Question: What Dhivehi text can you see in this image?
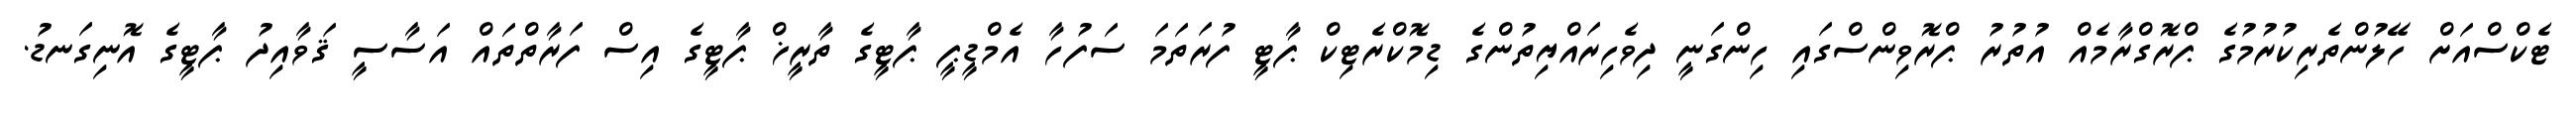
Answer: ޓެކްސްއަށް ހޭލުންތެރިކުރުމުގެ ޕްރޮގްރާމެއް އުތުރު ޕްރޮވިންސްގައި ހިންގަނީ ދިވެހިރައްޔިތުންގެ ޑިމޮކްރެޓިކް ޕާޓީ ފުރަތަމަ ސަފުހާ އެމްޑީޕީ ޕާޓީގެ ތާރީޚް ޕާޓީގެ އިސް ފަރާތްތައް އަސާސީ ޤަވާއިދު ޕާޓީގެ އޮނިގަނޑު.